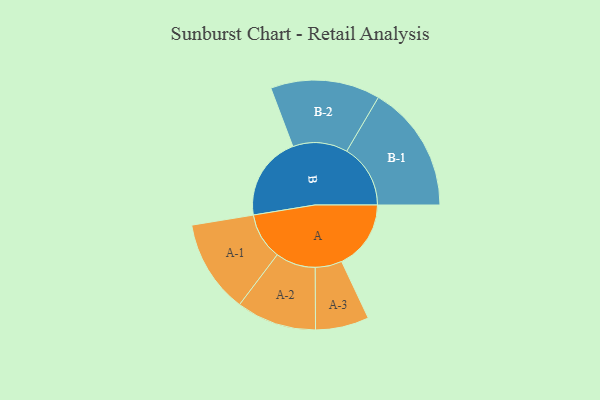
{"axis": {"x": "Segment", "y": "Value"}, "legend": ["", "A", "B"], "data": [{"x": "A", "y": 272, "type": ""}, {"x": "B", "y": 330, "type": ""}, {"x": "A-1", "y": 183, "type": "A"}, {"x": "A-2", "y": 157, "type": "A"}, {"x": "A-3", "y": 105, "type": "A"}, {"x": "B-1", "y": 250, "type": "B"}, {"x": "B-2", "y": 215, "type": "B"}]}